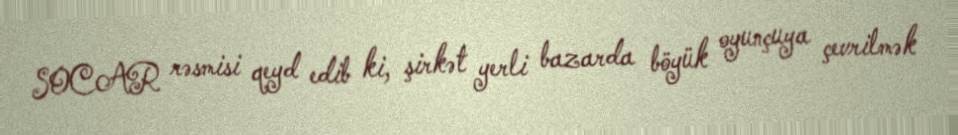
SOCAR rəsmisi qeyd edib ki, şirkət yerli bazarda böyük oyunçuya çevrilmək